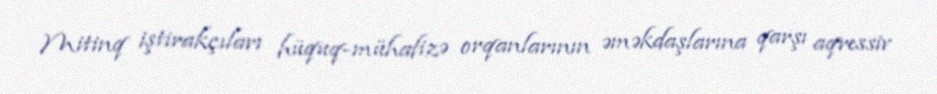
Mitinq iştirakçıları hüquq-mühafizə orqanlarının əməkdaşlarına qarşı aqressiv